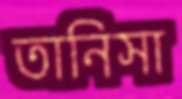
তানিসা